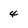
Character: 4